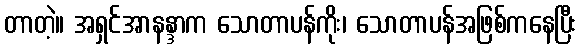
တာတဲ့။ အရှင်အာနန္ဒာက သောတာပန်ကိုး၊ သောတာပန်အဖြစ်ကနေပြီး